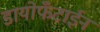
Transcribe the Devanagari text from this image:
डायोफँटाईन